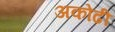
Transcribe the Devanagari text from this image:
अकोढी